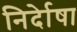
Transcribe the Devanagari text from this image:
निर्देाषा